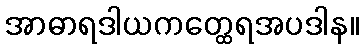
အာဓာရဒါယကတ္ထေရအပဒါန။